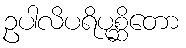
ဥပါလိပရိပုစ္ဆိတော